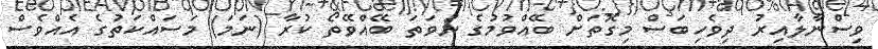
ވިސްނާލާއިރު ދިވެހިބަސް މިގޮތަށް ބޭއްވުމުގެ ނުވަތަ ބޭއްވޭތޯ ކުރާ (ނަމަ) މަސައްކަތުގެ އެއްވެސް